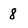
Character: 8